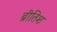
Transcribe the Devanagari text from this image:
ब्रीतिश